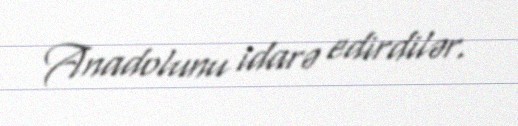
Anadolunu idarə edirdilər.